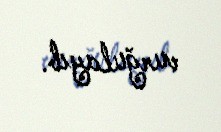
vurğulayıb.